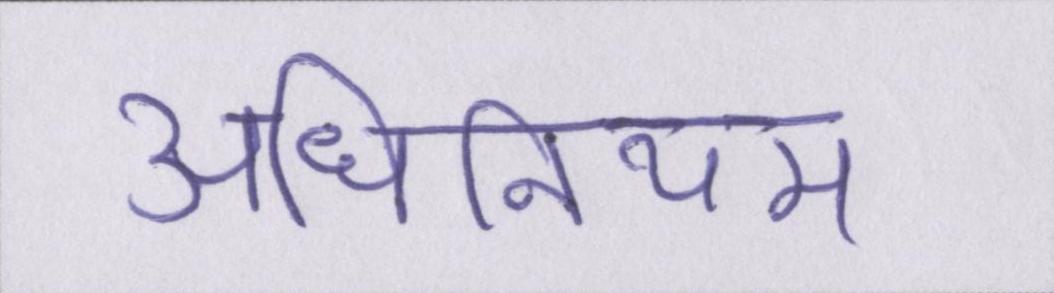
अधिनियम